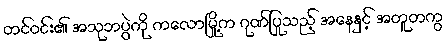
တင်ဝင်း၏ အသုဘပွဲကို ကလောမြို့က ဂုဏ်ပြုသည့် အနေနှင့် အတူတကွ